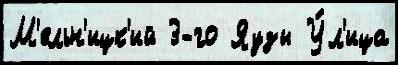
М'ельн'ицк'ий 3-го Яузы У́л'ица